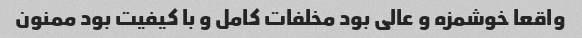
واقعا خوشمزه و عالی بود مخلفات کامل و با کیفیت بود ممنون